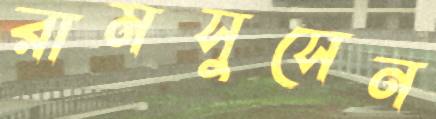
রামসুসেন